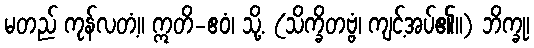
မတည် ကုန်လတံ့။ ဣတိ-ဧဝံ၊ သို့. (သိက္ခိတဗ္ဗံ၊ ကျင့်အပ်၏။) ဘိက္ခု၊